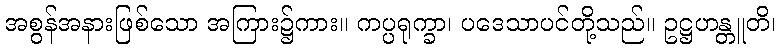
အစွန်အနားဖြစ်သော အကြား၌ကား။ ကပ္ပရုက္ခာ၊ ပဒေသာပင်တို့သည်။ ဥဋ္ဌဟန္တူတိ၊